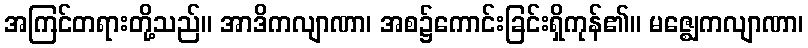
အကြင်တရားတို့သည်။ အာဒိကလျာဏာ၊ အစ၌ကောင်းခြင်းရှိကုန်၏။ မဇ္ဈေကလျာဏာ၊